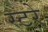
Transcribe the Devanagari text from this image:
स्टरे